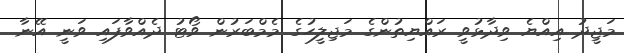
މަޖީދު އިއްޔެ ވިދާޅުވީ ރައްޔިތުންގެ މަޖިލީހުގެ މެމްބަރުން ވޯޓު ދެއްވާފައި ވަނީ އޭނާ